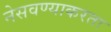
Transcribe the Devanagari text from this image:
नेसवण्याकरता